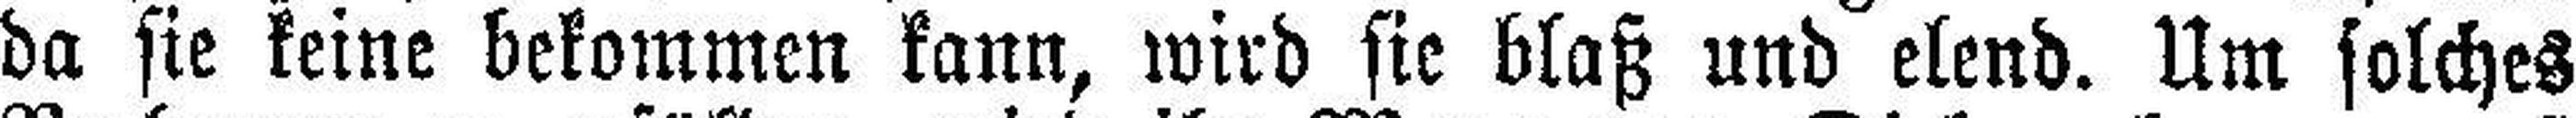
da sie keine bekommen kann, wird sie blaß und elend. Um solches